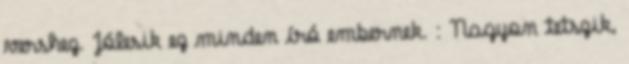
vershez. Jólesik ez minden író embernek. : Nagyon tetszik,